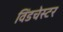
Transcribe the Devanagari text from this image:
विंडचेस्टर